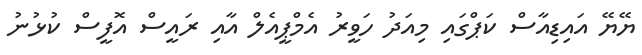
ޔޭޔޭ އައިޑިއާސް ކަޕްގައި މިއަދު ހަވީރު އެމްޕީއެލް އާއި ރައީސް އޮފީސް ކުޅުނު